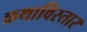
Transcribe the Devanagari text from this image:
कथाविस्तार